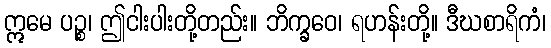
ဣမေ ပဉ္စ၊ ဤငါးပါးတို့တည်း။ ဘိက္ခဝေ၊ ရဟန်းတို့။ ဒီဃစာရိကံ၊